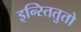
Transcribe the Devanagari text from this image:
इन्स्तितुतो